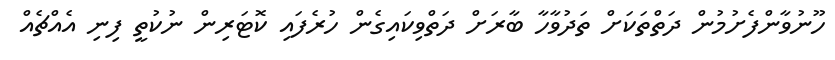
ހޫނުވާންފެށުމުން ދަތްތަކަށް ތަދުވާހާ ބާރަށް ދަތްވިކައިގެން ހުރެފައި ކޮޓަރިން ނުކުތީ ފިނި އެއްޗެއް